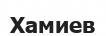
Хамиев